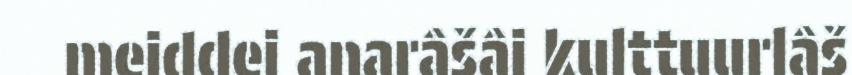
meiddei anarâšâi kulttuurlâš